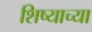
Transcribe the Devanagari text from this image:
शिष्याच्या